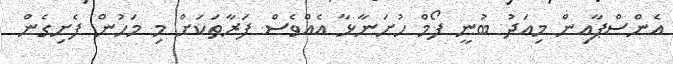
އެންސްޕާއިން މިއަދު ބުނީ ފޯމް ހުށަނާޅާ އެއްވެސް ފަރާތަކަށް މި މަހުން ފެށިގެން